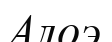
Алоэ